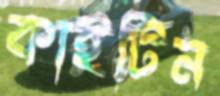
কাইটিন